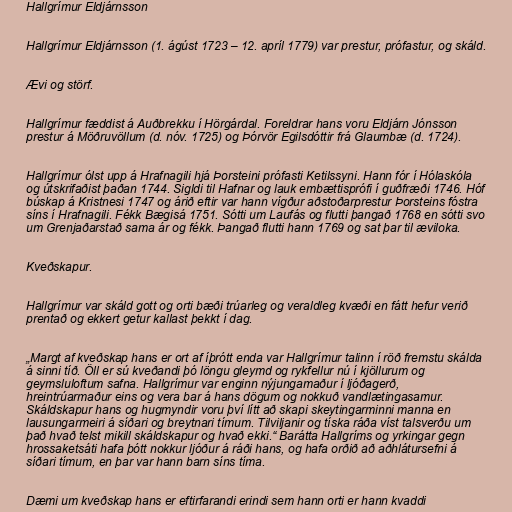
Hallgrímur Eldjárnsson

Hallgrímur Eldjárnsson (1. ágúst 1723 – 12. apríl 1779) var prestur, prófastur, og skáld.

Ævi og störf.

Hallgrímur fæddist á Auðbrekku í Hörgárdal. Foreldrar hans voru Eldjárn Jónsson
prestur á Möðruvöllum (d. nóv. 1725) og Þórvör Egilsdóttir frá Glaumbæ (d. 1724).

Hallgrímur ólst upp á Hrafnagili hjá Þorsteini prófasti Ketilssyni. Hann fór í Hólaskóla
og útskrifaðist þaðan 1744. Sigldi til Hafnar og lauk embættisprófi í guðfræði 1746. Hóf
búskap á Kristnesi 1747 og árið eftir var hann vígður aðstoðarprestur Þorsteins fóstra
síns í Hrafnagili. Fékk Bægisá 1751. Sótti um Laufás og flutti þangað 1768 en sótti svo
um Grenjaðarstað sama ár og fékk. Þangað flutti hann 1769 og sat þar til æviloka.

Kveðskapur.

Hallgrímur var skáld gott og orti bæði trúarleg og veraldleg kvæði en fátt hefur verið
prentað og ekkert getur kallast þekkt í dag.

„Margt af kveðskap hans er ort af íþrótt enda var Hallgrímur talinn í röð fremstu skálda
á sinni tíð. Öll er sú kveðandi þó löngu gleymd og rykfellur nú í kjöllurum og
geymsluloftum safna. Hallgrímur var enginn nýjungamaður í ljóðagerð,
hreintrúarmaður eins og vera bar á hans dögum og nokkuð vandlætingasamur.
Skáldskapur hans og hugmyndir voru því lítt að skapi skeytingarminni manna en
lausungarmeiri á síðari og breytnari tímum. Tilviljanir og tíska ráða víst talsverðu um
það hvað telst mikill skáldskapur og hvað ekki.“ Barátta Hallgríms og yrkingar gegn
hrossaketsáti hafa þótt nokkur ljóður á ráði hans, og hafa orðið að aðhlátursefni á
síðari tímum, en þar var hann barn síns tíma.

Dæmi um kveðskap hans er eftirfarandi erindi sem hann orti er hann kvaddi